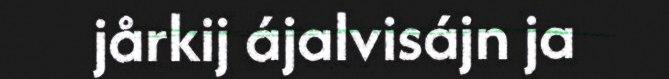
jårkij ájalvisájn ja